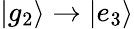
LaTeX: |g_{2}\rangle\to|e_{3}\rangle